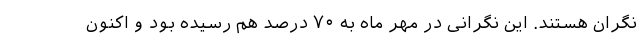
نگران هستند. این نگرانی در مهر ماه به ۷۰ درصد هم رسیده بود و اکنون